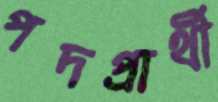
পদপ্রার্থী